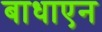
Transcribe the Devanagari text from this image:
बाधाएन